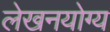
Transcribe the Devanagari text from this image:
लेखनयोग्य